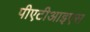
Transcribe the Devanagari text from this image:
पीएटीआइएस